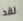
لقد